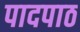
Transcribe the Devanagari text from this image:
पादपाठ